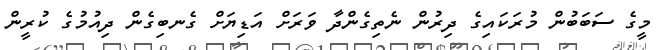
މީގެ ސަބަބުން މުރަކައިގެ ދިރުން ނެތިގެންދާ ވަރަށް އަޑިޔަށް ގެނބިގެން ދިއުމުގެ ކުރީން